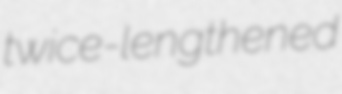
twice-lengthened